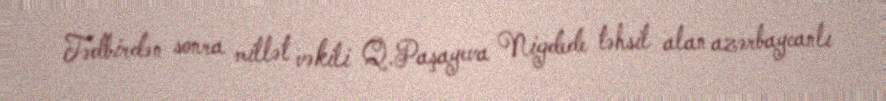
Tədbirdən sonra millət vəkili Q.Paşayeva Nigdede təhsil alan azərbaycanlı